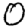
Digit: 0